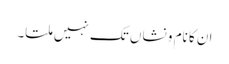
ان کا نام و نشاں تک نہیں ملتا۔